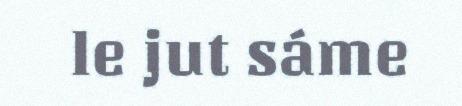
le jut sáme